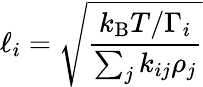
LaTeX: \ell_{i}=\sqrt{\frac{k_{\mathrm{B}}T/\Gamma_{i}}{\sum_{j}k_{ij}\rho_{j}}}